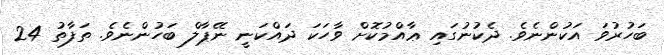
ބަހުރުވަ އަކުންނެވެ. ދެކުނުގައި ޢާއްމުކޮށް ވާހަކަ ދައްކަނީ ނޭޕާލް ބަހުންނެވެ. ތަފާތު 24